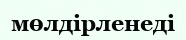
мөлдірленеді